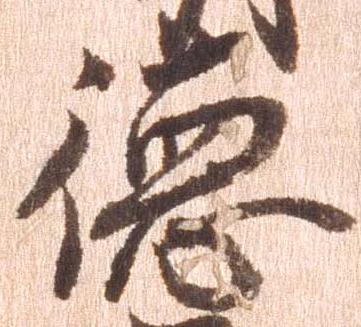
徳